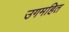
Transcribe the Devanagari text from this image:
उगमहित